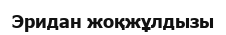
Эридан жоқжұлдызы